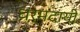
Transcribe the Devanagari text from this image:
धर्मदायी